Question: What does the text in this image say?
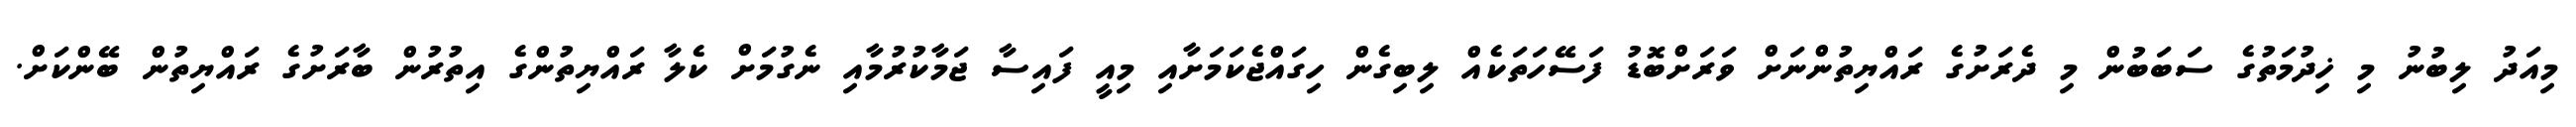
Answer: މިއަދު ލިބުނު މި ޚިދުމަތުގެ ސަބަބުން މި ދެރަށުގެ ރައްޔިތުންނަށް ވަރަށްބޮޑު ފަސޭހަތަކެއް ލިބިގެން ހިގައްޖެކަމަށާއި މިއީ ފައިސާ ޖަމާކުރުމާއި ނެގުމަށް ކެލާ ރައްޔިތުންގެ އިތުރުން ބާރަށުގެ ރައްޔިތުން ބޭންކަށް.